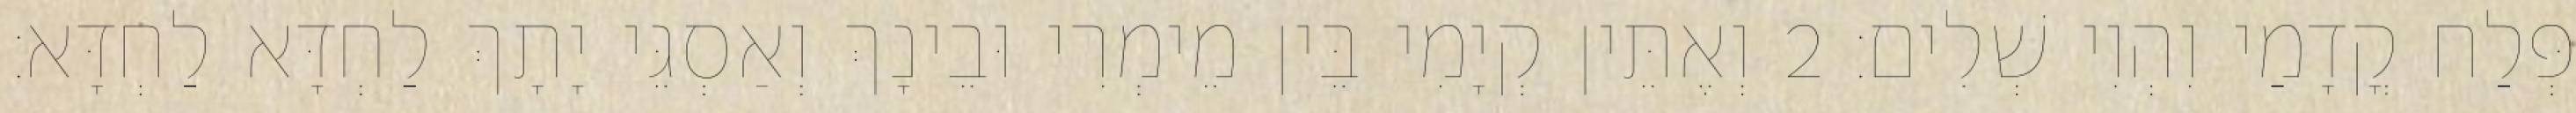
פְּלַח קֳדָמַי וִהְוִי שְׁלִים׃ 2 וְאֶתֵּין קְיָמִי בֵּין מֵימְרִי וּבֵינָךְ וְאַסְגֵּי יָתָךְ לַחְדָּא לַחְדָּא׃